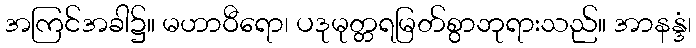
အကြင်အခါ၌။ မဟာဝီရော၊ ပဒုမုတ္တရမြတ်စွာဘုရားသည်။ အာနန္ဒံ၊